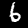
Label: 6